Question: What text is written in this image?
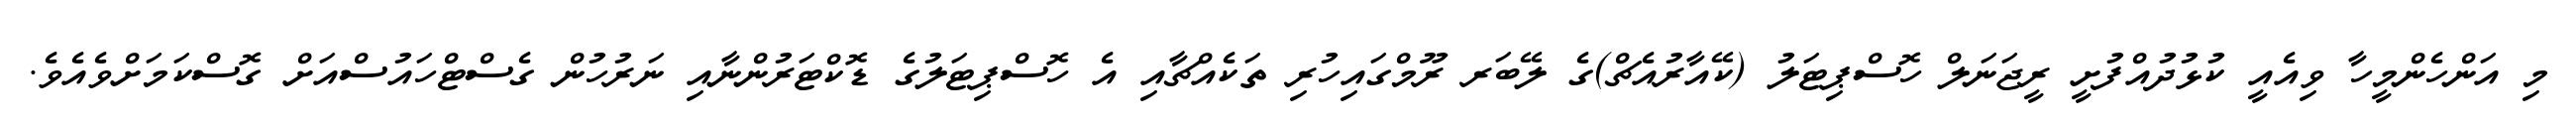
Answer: މި އަންހެންމީހާ ވިއެއީ ކުޅުދުއްފުށީ ރީޖަނަލް ހޮސްޕިޓަލު (ކޭއާރުއެޗް)ގެ ލޭބަރ ރޫމްގައިހުރި ތަކެއްޗާއި އެ ހޮސްޕިޓަލުގެ ޑޮކްޓަރުންނާއި ނަރުހުން ގެސްޓްހައުސްއަށް ގޮސްކަމަށްވެއެވެ.